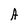
Character: A